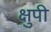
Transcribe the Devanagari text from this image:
क्षुपी